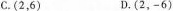
C.(2，6) D.(2，-6)